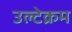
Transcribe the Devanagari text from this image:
उल्टेक्रम